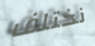
نختلف